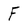
Character: F